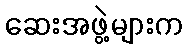
ဆေးအဖွဲ့များက